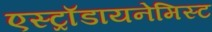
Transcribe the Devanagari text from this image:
एस्ट्राॅडायनेमिस्ट